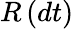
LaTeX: R\left(dt\right)